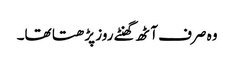
وہ صرف آٹھ گھنٹے روز پڑھتا تھا۔